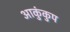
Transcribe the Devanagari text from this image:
आकुंकुप